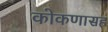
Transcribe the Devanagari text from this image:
कोकणासह